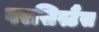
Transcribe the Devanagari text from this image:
परसिस्टैंस